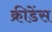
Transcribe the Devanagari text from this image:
क्रीडेंस